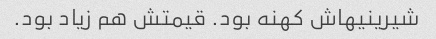
شیرینیهاش کهنه بود. قیمتش هم زیاد بود.